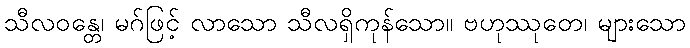
သီလဝန္တေ၊ မဂ်ဖြင့် လာသော သီလရှိကုန်သော။ ဗဟုဿုတေ၊ များသော